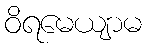
ဝိရမေယျာမ